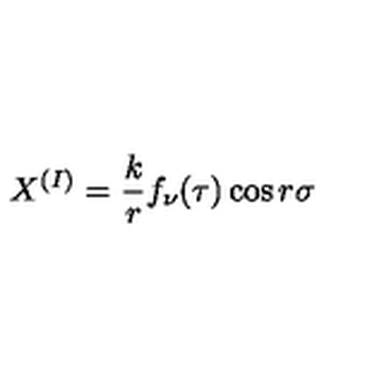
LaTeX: X ^ { ( I ) } = { \displaystyle \frac { k } { r } f _ { \nu } ( \tau ) \cos r \sigma }